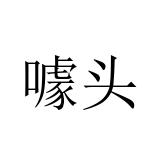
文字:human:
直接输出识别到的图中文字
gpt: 噱头